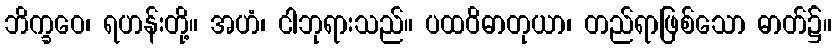
ဘိက္ခဝေ၊ ရဟန်းတို့။ အဟံ၊ ငါဘုရားသည်။ ပထဝိဓာတုယာ၊ တည်ရာဖြစ်သော ဓာတ်၌။